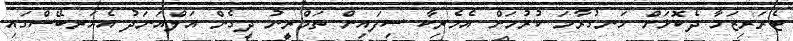
ޓެރަރިޒަމާ ދެކޮޅަށް ހަނގުރާމަ ކުރުމަށް އެމެރިކާ ސިފައިން ތަމްރީނު ދީގެން އަލްއަނަދު އެއަރބޭސްގައި